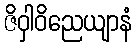
ဇိဝှါဝိညေယျာနံ